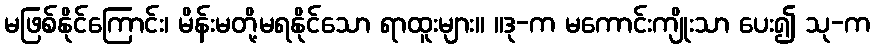
မဖြစ်နိုင်ကြောင်း၊ မိန်းမတို့မရနိုင်သော ရာထူးများ။ ။ဒု-က မကောင်းကျိုးသာ ပေး၍ သု-က